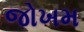
જોખમ